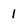
Character: 1